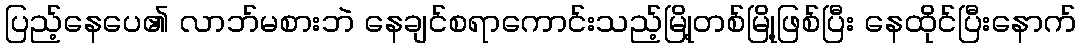
ပြည့်နေပေ၏ လာဘ်မစားဘဲ နေချင်စရာကောင်းသည့်မြို့တစ်မြို့ဖြစ်ပြီး နေထိုင်ပြီးနောက်